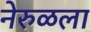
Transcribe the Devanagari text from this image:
नेरुळला